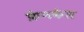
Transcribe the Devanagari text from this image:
फ्रैनकेल